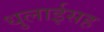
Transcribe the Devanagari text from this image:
धुलाईसह